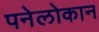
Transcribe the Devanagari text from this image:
पनेलोकान